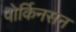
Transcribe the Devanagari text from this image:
पोर्किनसन